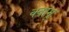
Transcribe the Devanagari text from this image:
क्वामू